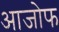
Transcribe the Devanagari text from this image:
आजोफ